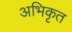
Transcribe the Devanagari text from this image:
अभिकृत